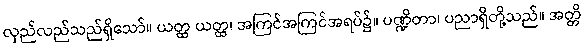
လှည်လည်သည်ရှိသော်။ ယတ္ထ ယတ္ထ၊ အကြင်အကြင်အရပ်၌။ ပဏ္ဍိတာ၊ ပညာရှိတို့သည်။ အတ္တိ